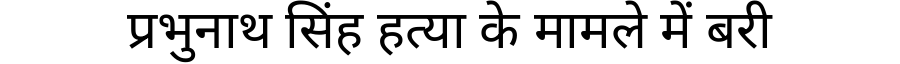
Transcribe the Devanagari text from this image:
प्रभुनाथ सिंह हत्या के मामले में बरी